Report of the Indian Hemp Drugs Commission, 1894-1895 - Volume I
Year: 1894
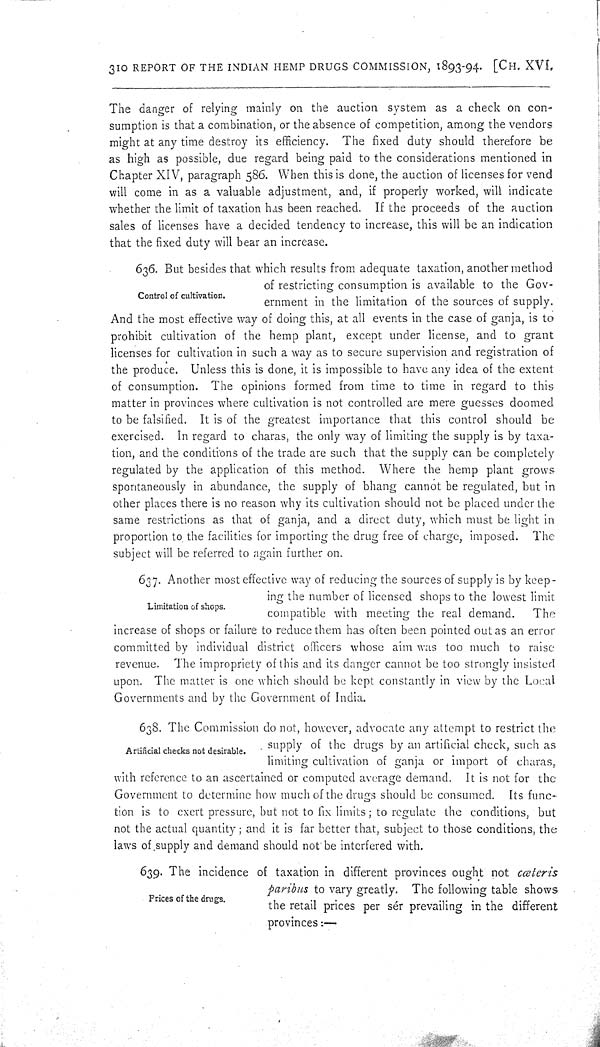
310 REPORT OF THE INDIAN HEMP DRUGS COMMISSION, 1893-94. [CH. XVI.
The danger of relying mainly on the auction system as a check on con-
sumption is that a combination, or the absence of competition, among the vendors
might at any time destroy its efficiency. The fixed duty should therefore be
as high as possible, due regard being paid to the considerations mentioned in
Chapter XIV, paragraph 586. When this is done, the auction of licenses for vend
will come in as a valuable adjustment, and, if properly worked, will indicate
whether the limit of taxation has been reached. If the proceeds of the auction
sales of licenses have a decided tendency to increase, this will be an indication
that the fixed duty will bear an increase.
Control of cultivation.
636. But besides that which results from adequate taxation, another method
of restricting consumption is available to the Gov-
ernment in the limitation of the sources of supply.
And the most effective way of doing this, at all events in the case of ganja, is to
prohibit cultivation of the hemp plant, except under license, and to grant
licenses for cultivation in such a way as to secure supervision and registration of
the produce. Unless this is done, it is impossible to have any idea of the extent
of consumption. The opinions formed from time to time in regard to this
matter in provinces where cultivation is not controlled are mere guesses doomed
to be falsified. It is of the greatest importance that this control should be
exercised. In regard to charas, the only way of limiting the supply is by taxa-
tion, and the conditions of the trade are such that the supply can be completely
regulated by the application of this method. Where the hemp plant grows
spontaneously in abundance, the supply of bhang cannot be regulated, but in
other places there is no reason why its cultivation should not be placed under the
same restrictions as that of ganja, and a direct duty, which must be light in
proportion to the facilities for importing the drug free of charge, imposed. The
subject will be referred to again further on.
Limitation of shops.
637. Another most effective way of reducing the sources of supply is by keep-
ing the number of licensed shops to the lowest limit
compatible with meeting the real demand.
The
increase of shops or failure to reduce them has often been pointed out as an error
committed by individual district officers whose aim was too much to raise
revenue. The impropriety of this and its danger cannot be too strongly insisted
upon. The matter is one which should be kept constantly in view by the Local
Governments and by the Government of India.
Artificial checks not desirable.
638. The Commission do not, however, advocate any attempt to restrict the
supply of the drugs by an artificial check, such as
limiting cultivation of ganja or import of charas,
with reference to an ascertained or computed average demand. It is not for the
Government to determine how much of the drugs should be consumed. Its func-
tion is to exert pressure, but not to fix limits; to regulate the conditions, but
not the actual quantity; and it is far better that, subject to those conditions, the
laws of supply and demand should not be interfered with.
Prices of the drugs.
639. The incidence of taxation in different provinces ought not cœteris
paribus to vary greatly. The following table shows
the retail prices per sér prevailing in the different
provinces:—